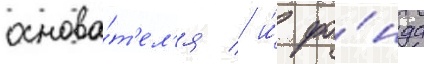
основа́т'ел'я / и́ фо́нда